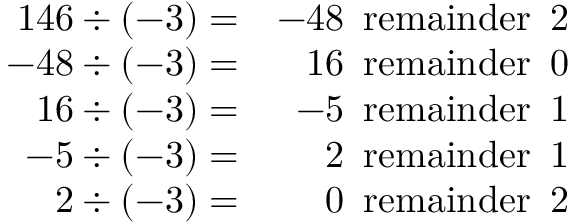
\begin{array} { r r } { 1 4 6 \div ( - 3 ) = } & { - 4 8 ~ \operatorname { r e m a i n d e r } ~ 2 } \\ { - 4 8 \div ( - 3 ) = } & { 1 6 ~ \operatorname { r e m a i n d e r } ~ 0 } \\ { 1 6 \div ( - 3 ) = } & { - 5 ~ \operatorname { r e m a i n d e r } ~ 1 } \\ { - 5 \div ( - 3 ) = } & { 2 ~ \operatorname { r e m a i n d e r } ~ 1 } \\ { 2 \div ( - 3 ) = } & { 0 ~ \operatorname { r e m a i n d e r } ~ 2 } \end{array}